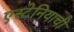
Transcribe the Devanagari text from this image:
एस्टेनियाची